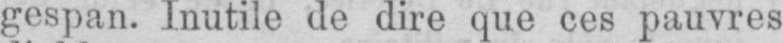
gespan. Inutile de dire que ces pauvres